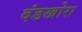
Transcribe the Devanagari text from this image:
दंडखोरा